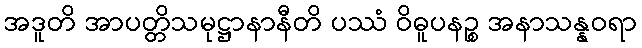
အဒူတိ အာပတ္တိသမုဋ္ဌာနာနီတိ ပဿံ ဝိဓူပနဉ္စ အနာသန္နဝရာ